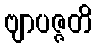
ဗျာပဇ္ဇတိ